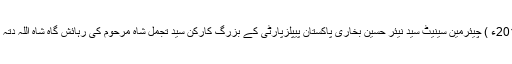
07 جنوری 2015ء ) چیئرمین سینیٹ سید نیئر حسین بخاری پاکستان پیپلزپارٹی کے بزرگ کارکن سید تجمل شاہ مرحوم کی رہائش گاہ شاہ اللہ دتہ اسلام آباد گئے ۔